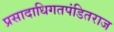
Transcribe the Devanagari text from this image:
प्रसादाधिगतपंडितराज